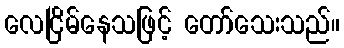
လေငြိမ်နေသဖြင့် တော်သေးသည်။